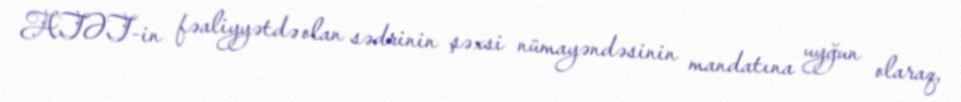
ATƏT-in fəaliyyətdə olan sədrinin şəxsi nümayəndəsinin mandatına uyğun olaraq,